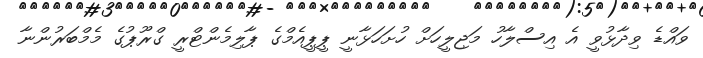
ވައްޑެ ވިދާޅުވީ އެ އިސްލާހު މަޖިލީހަށް ހުށަހަޅާނީ ޕީޕީއެމްގެ ޕާލިމެންޓްރީ ގްރޫޕުގެ މެމްބަރުންނާ